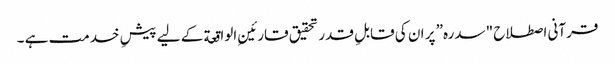
قرآنی اصطلاح "سدرہ” پر ان کی قابلِ قدر تحقیق قارئینِ الواقعة کے لیے پیشِ خدمت ہے ۔